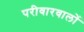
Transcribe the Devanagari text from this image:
परीवारवालों